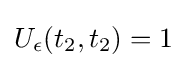
U_{\epsilon }(t_{2},t_{2})=1